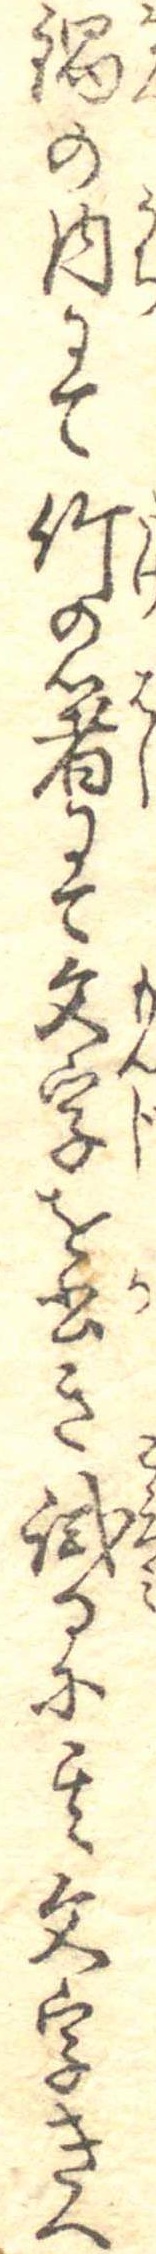
鍋の内にて竹の箸にて文字を書き試るに其文字きへ